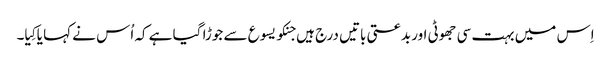
اِس میں بہت سی جھوٹی اور بدعتی باتیں درج ہیں جنکو یسوع سے جوڑا گیا ہے کہ اُس نے کہا یا کِیا۔